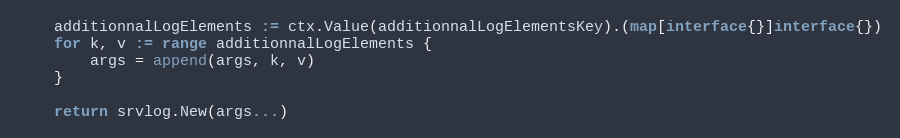
Language: Go
	additionnalLogElements := ctx.Value(additionnalLogElementsKey).(map[interface{}]interface{})
	for k, v := range additionnalLogElements {
		args = append(args, k, v)
	}

	return srvlog.New(args...)